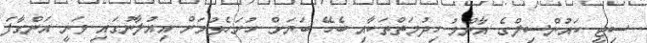
ސިޓީ ކައުންސިލްގެ އާންމު ހިދުމަތްތަކާއި ބެހޭ ބަޔަށް ހުށަހެޅުމަށް އިއުލާނުގައި ވަނީ އަންގާފަ